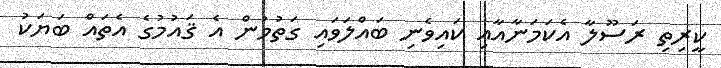
ކީރިތި ރަސޫލާ އެކަމަނާއާއި ކައިވެނި ބައްލަވައި ގަތުމުން އެ ޤައުމުގެ އެތައް ބަޔަކު